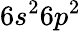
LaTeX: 6s^{2}6p^{2}